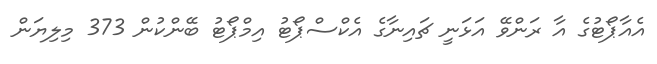
އެއާޕޯޓުގެ އާ ރަންވޭ އަޅަނީ ޗައިނާގެ އެކްސްޕޯޓު އިމްޕޯޓު ބޭންކުން 373 މިލިޔަން